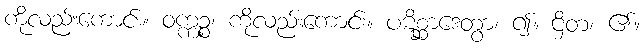
ကိုလည်းကောင်း။ ဝက္ကဉ္စ၊ ကိုလည်းကောင်း။ ပဋိစ္ဆာဒေတွာ၊ ၍။ ဌိတံ၊ ၏။